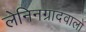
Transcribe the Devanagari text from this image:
लेनिनग्रादवालों